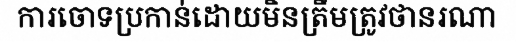
ការចោទប្រកាន់ដោយមិនត្រឹមត្រូវថានរណា